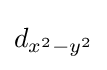
d_{x^{2}-y^{2}}